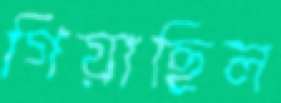
গিয়াছিল